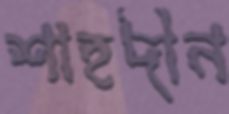
শাহদীন